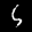
Label: 5